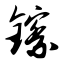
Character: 镲